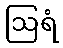
ဩရံ